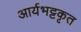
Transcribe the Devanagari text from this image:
आर्यभट्टकृत